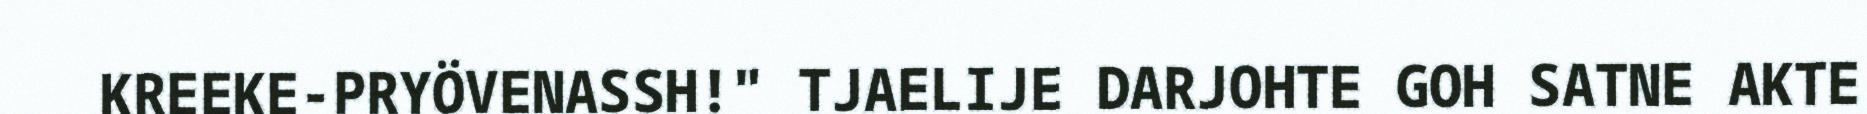
KREEKE-PRYÖVENASSH!" TJAELIJE DARJOHTE GOH SATNE AKTE